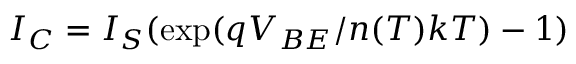
I _ { C } = I _ { S } ( \exp ( { q V _ { B E } / n ( T ) k T } ) - 1 )